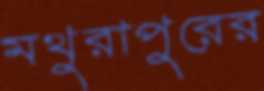
মথুরাপুরের